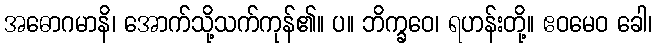
အဓောဂမာနိ၊ အောက်သို့သက်ကုန်၏။ ပ။ ဘိက္ခဝေ၊ ရဟန်းတို့။ ဧဝမေဝ ခေါ၊